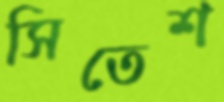
সিতেশ